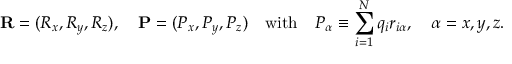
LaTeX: \mathbf { R } = ( R _ { x } , R _ { y } , R _ { z } ) , \quad \mathbf { P } = ( P _ { x } , P _ { y } , P _ { z } ) \quad { \mathrm { w i t h } } \quad P _ { \alpha } \equiv \sum _ { i = 1 } ^ { N } q _ { i } r _ { i \alpha } , \quad \alpha = x , y , z .